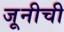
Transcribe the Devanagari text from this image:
जूनीची